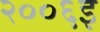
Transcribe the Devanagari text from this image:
२००६इ